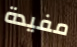
مفيدة